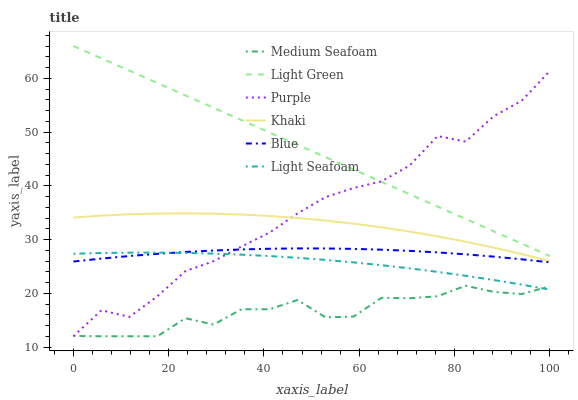
| xaxis_label | Medium Seafoam | Light Green | Purple | Khaki | Blue | Light Seafoam |
 | --- | --- | --- | --- | --- | --- | --- |
 | 0 | 12 | 66 | 12 | 34.1 | 25.9 | 27.4 |
 | 5.88 | 12 | 63.7 | 16.8 | 34.4 | 26.4 | 27.5 |
 | 11.8 | 12 | 61.4 | 15.6 | 34.7 | 26.9 | 27.6 |
 | 17.6 | 12 | 59.1 | 19.4 | 34.8 | 27.3 | 27.6 |
 | 23.5 | 15.4 | 56.8 | 24.1 | 34.9 | 27.7 | 27.5 |
 | 29.4 | 14.2 | 54.5 | 26 | 34.8 | 27.9 | 27.4 |
 | 35.3 | 17 | 52.2 | 28.7 | 34.6 | 28.2 | 27.2 |
 | 41.2 | 17 | 49.9 | 31.3 | 34.4 | 28.3 | 26.9 |
 | 47.1 | 18.7 | 47.6 | 34.8 | 34 | 28.3 | 26.6 |
 | 52.9 | 15.5 | 45.3 | 37.9 | 33.5 | 28.3 | 26.2 |
 | 58.8 | 15.7 | 43 | 39.6 | 32.9 | 28.3 | 25.7 |
 | 64.7 | 19.2 | 40.7 | 40.8 | 32.3 | 28.1 | 25.2 |
 | 70.6 | 19.1 | 38.4 | 43.8 | 31.5 | 27.9 | 24.6 |
 | 76.5 | 19.4 | 36.1 | 49.2 | 30.6 | 27.6 | 24 |
 | 82.4 | 21.4 | 33.8 | 48.2 | 29.6 | 27.2 | 23.3 |
 | 88.2 | 20.3 | 31.5 | 52.9 | 28.5 | 26.8 | 22.5 |
 | 94.1 | 19.8 | 29.2 | 55.8 | 27.3 | 26.3 | 21.6 |
 | 100 | 21.3 | 26.9 | 61.3 | 26 | 25.8 | 20.7 |